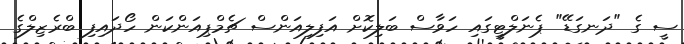
ސީ ގެ "ދަނގަޑޭ" ޕެނަލްޓީގައި ހަވާސް ބަލިކޮށް އަފިލިއަންސް ޗެމްޕިއަންކަން ހޯދައިފި ބްރެޒިލްގެ